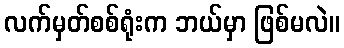
လက်မှတ်စစ်ရုံးက ဘယ်မှာ ဖြစ်မလဲ။